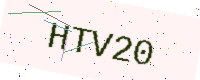
Text: HTV20